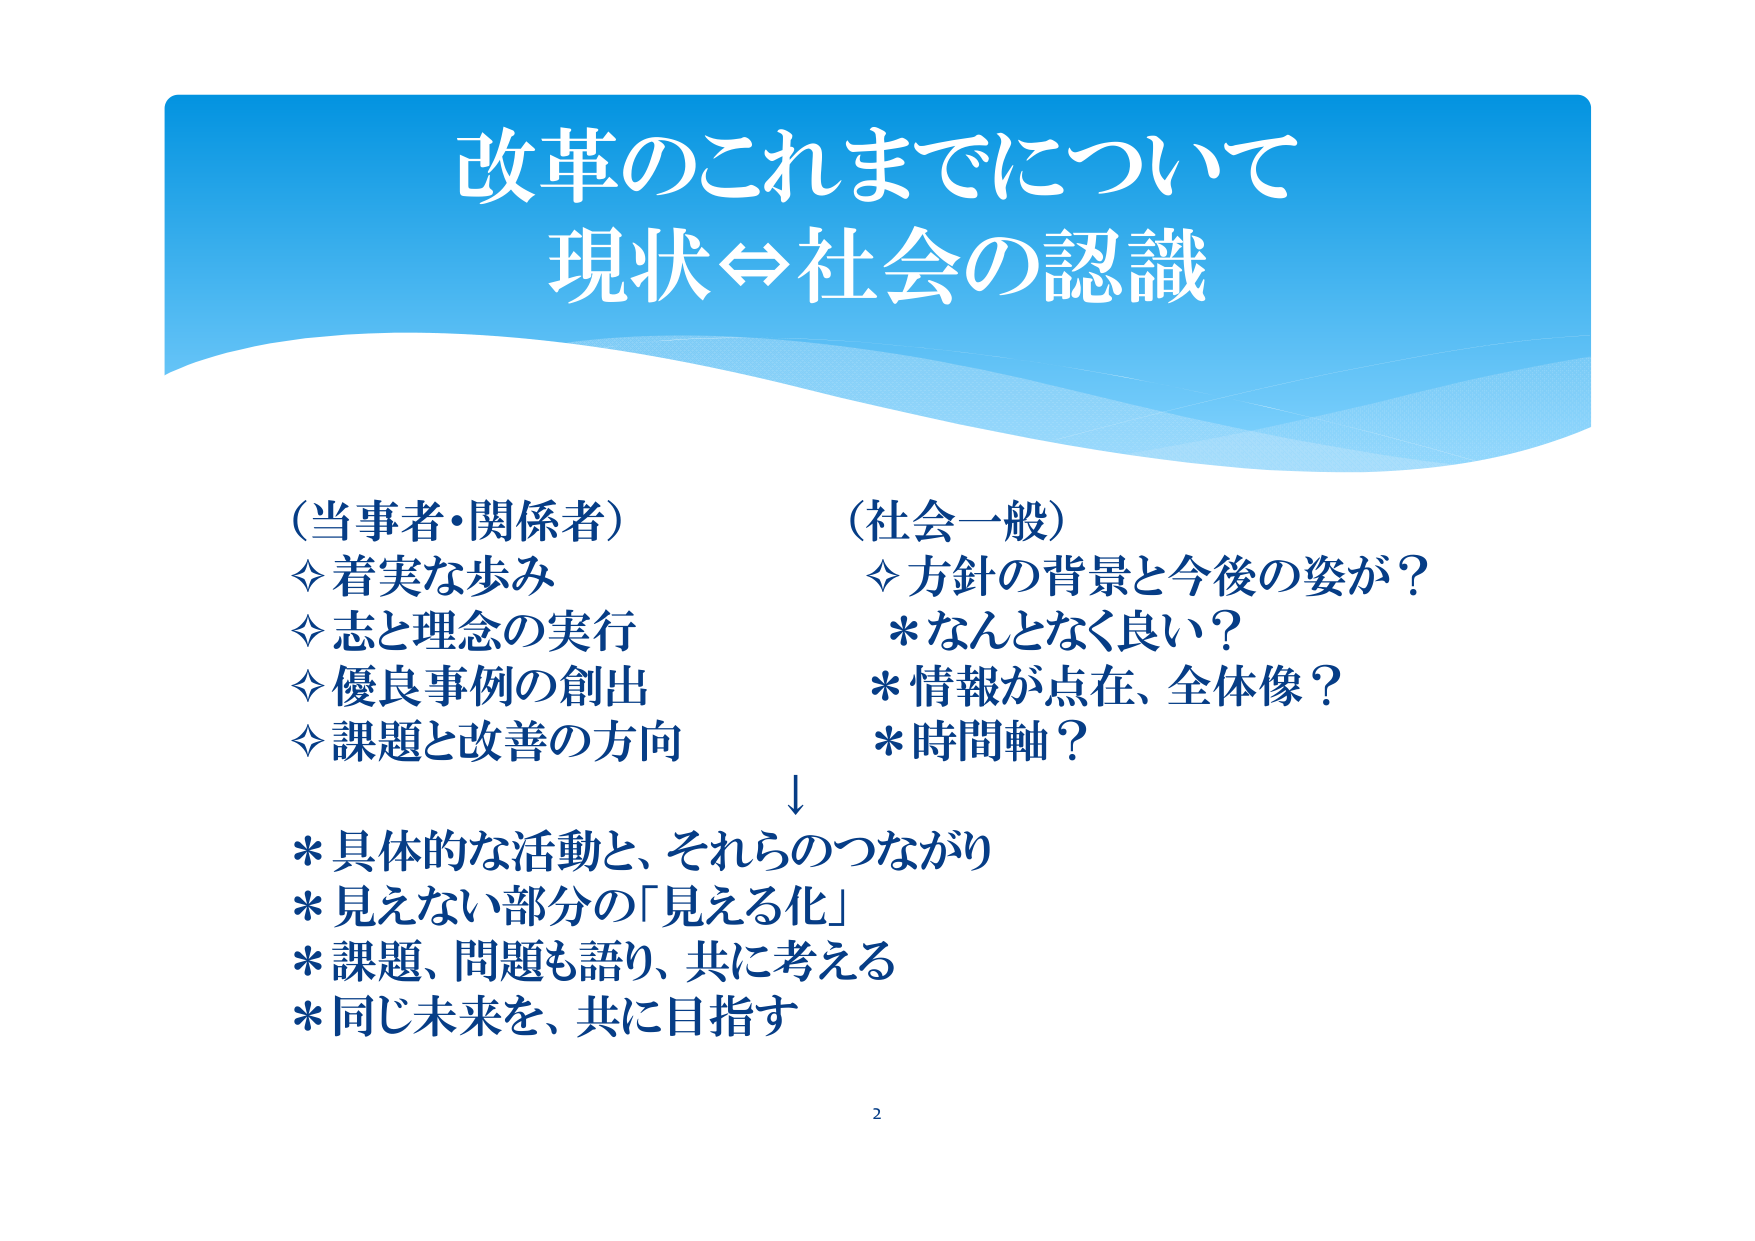
改革のこれまでについて
現状⇔社会の認識

（当事者・関係者）
✧ 着実な歩み
✧ 志と理念の実行
✧ 優良事例の創出
✧ 課題と改善の方向

（社会一般）
✧ 方針の背景と今後の姿が？
＊なんとなく良い？
＊情報が点在、全体像？
＊時間軸？

↓

＊具体的な活動と、それらのつながり
＊見えない部分の「見える化」
＊課題、問題も語り、共に考える
＊同じ未来を、共に目指す

2